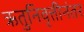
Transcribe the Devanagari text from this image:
ऋतुनिवृत्तीनंतर